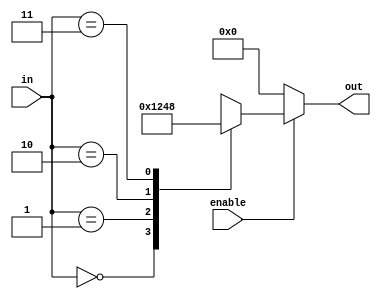
module decoder(input wire enable, input wire [1:0] in, output reg [3:0] out);

  always @ ( enable, in[0], in[1] ) begin
    if (enable == 1'b0)
      out = 4'b0000;
    else
      case (in)
        2'b00:
          out = 4'b0001;
        2'b01:
          out = 4'b0010;
        2'b10:
          out = 4'b0100;
        2'b11:
          out = 4'b1000;
      endcase
  end
endmodule